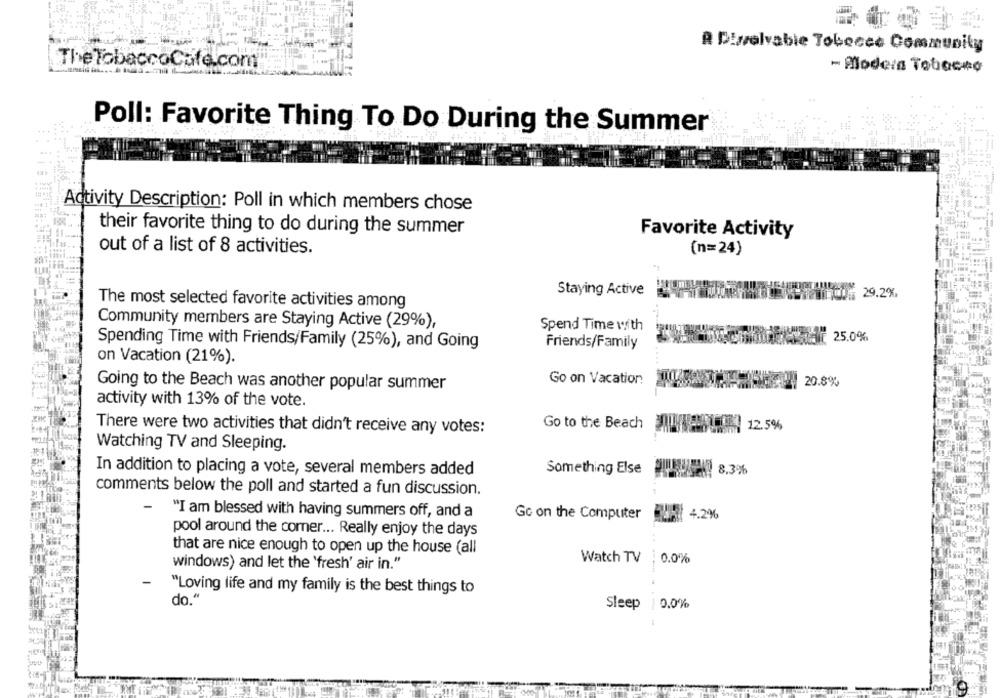
R Diselvable Tobecee Community
The TobaccoCafe.com
- Modera Tobacco
Poll: Favorite Thing To Do During the Summer
Activity Description: Poll in which members chose
their favorite thing to do during the summer
Favorite Activity
out of a list of 8 activities.
(n=24)
Staying Active
The most selected favorite activities among
Community members are Staying Active (29%),
Spend Time with
COMOUNA- 25.0%
Spending Time with Friends/Family (25%), and Going
Friends/Family
on Vacation (21%).
Go on Vacation
20.8%
Going to the Beach was another popular summer
activity with 13% of the vote.
There were two activities that didn't receive any votes:
Go to the Beach - 1 12.5%
Watching TV and Sleeping.
In addition to placing a vote, several members added
Something Else
8.3%
comments below the poll and started a fun discussion.
"I am blessed with having summers off, and a
Go on the Computer
4.2%
pool around the comer ... Really enjoy the days
that are nice enough to open up the house (all
Watch TV
0.0%
windows) and let the 'fresh' air in."
"Loving life and my family is the best things to
do."
Sleep
0.0%